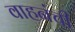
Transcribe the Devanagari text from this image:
वाहनंची